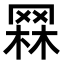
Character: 𦋗